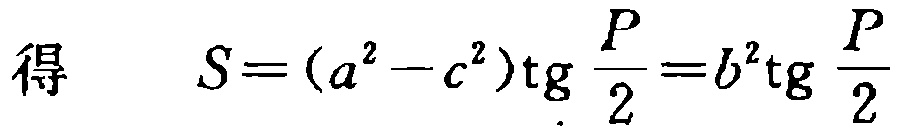
得 \[ S=(a^{2}-c^{2})\mathrm{tg}\frac{P}{2}=b^{2}\mathrm{tg}\frac{P}{2}\]